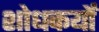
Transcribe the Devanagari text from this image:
शोधकर्यों